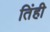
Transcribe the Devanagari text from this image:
तिंही